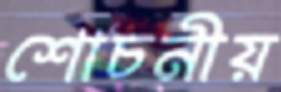
শোচনীয়